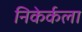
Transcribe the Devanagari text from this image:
निकेर्कला